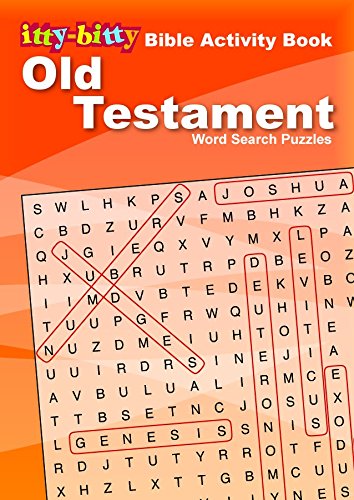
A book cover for IttyBitty Activity Book Old Testament Word Seach; Warner Press Kids; Christian Books & Bibles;